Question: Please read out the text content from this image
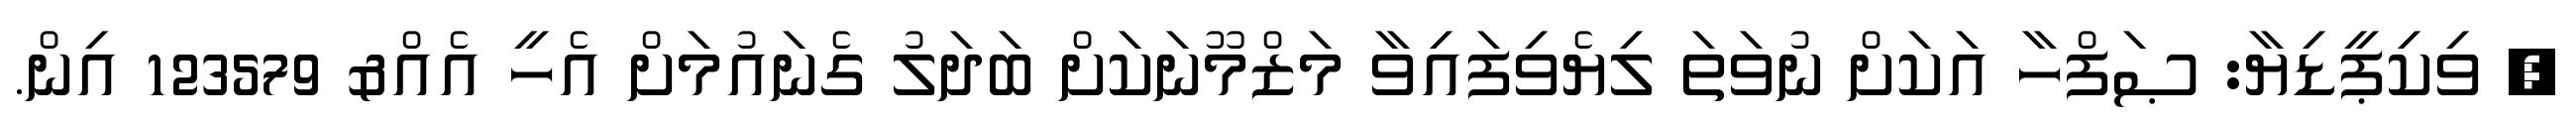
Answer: ? ވިކިޕީޑިޔާ: ޞަފްހާ އަކަށް ނުވަތަ ލިޔެވިފައިވާ މަޒްމޫނަކަށް ބަދަލު ގެނައުމަށް އެހީ އެއް& 123579 އިން.